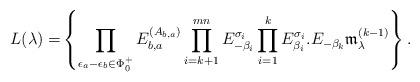
LaTeX: \begin{align*}\begin{aligned}L(\lambda)=\span\left\{\prod_{\epsilon_a-\epsilon_b\in\Phi^+_{\bar0}}E_{b,a}^{(A_{b,a})} \prod_{i=k+1}^{mn}E_{-\beta_i}^{\sigma_i} \prod_{i=1}^{k}E_{\beta_i}^{\sigma_i} .E_{-\beta_k}\mathfrak{m}_\lambda^{(k-1)}\right\} .\end{aligned}\end{align*}